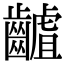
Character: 䶥